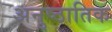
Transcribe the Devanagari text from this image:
अनुष्ठातिक